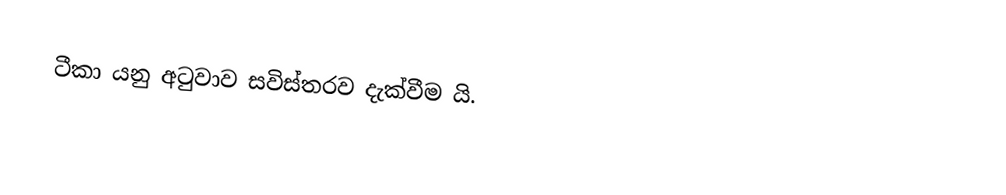
ටීකා යනු අටුවාව සවිස්තරව දැක්වීම යි.